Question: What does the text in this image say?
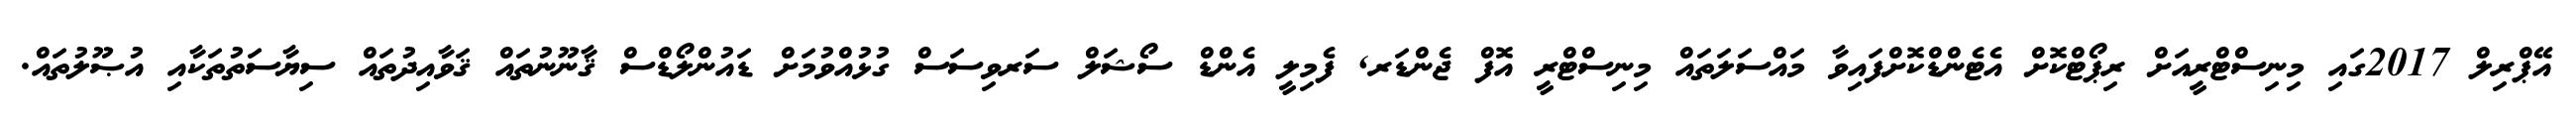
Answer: އޭޕްރިލް 2017ގައި މިނިސްޓްރީއަށް ރިޕޯޓްކޮށް އެޓެންޑްކޮށްފައިވާ މައްސަލަތައް މިނިސްޓްރީ އޮފް ޖެންޑަރ, ފެމިލީ އެންޑް ސޯޝަލް ސަރވިސަސް ގުޅުއްވުމަށް ޑައުންލޯޑްސް ޤާނޫނުތައް ޤަވާއިދުތައް ސިޔާސަތުތަކާއި އުޞޫލުތައް.